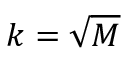
k = \sqrt { M }